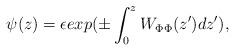
\begin{align*}\psi(z) = \epsilon exp(\pm\int_0^z W_{\Phi\Phi}(z')dz'),\end{align*}